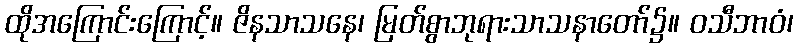
ထိုအကြောင်းကြောင့်။ ဇိနသာသနေ၊ မြတ်စွာဘုရားသာသနာတော်၌။ ဝသီဘာဝံ၊